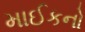
માઈકનો